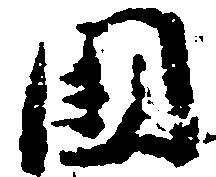
国